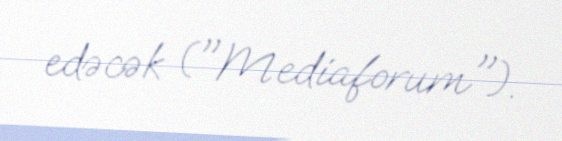
edəcək ("Mediaforum").